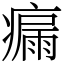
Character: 瘺